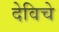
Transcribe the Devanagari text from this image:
देविचे